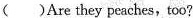
( )Are they peaches, too?